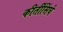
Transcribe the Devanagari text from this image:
कीर्तीसिंघे